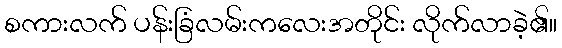
စကားလက် ပန်းခြံလမ်းကလေးအတိုင်း လိုက်လာခဲ့၏။